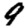
Digit: 9